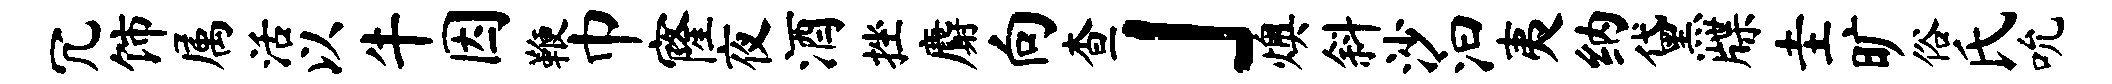
冗饰属活以牛因鞭巾窿夜酒挫麝向查」燠斜沙汩夷纳黛牒圭旷俗氏吮